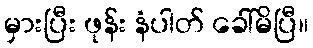
မှားပြီး ဖုန်း နံပါတ် ခေါ်မိပြီ။